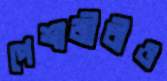
পেশাজীবীও